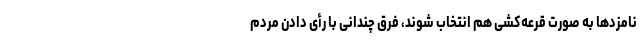
نامزدها به صورت قرعه‌کشی هم انتخاب شوند، فرق چندانی با رأی دادن مردم